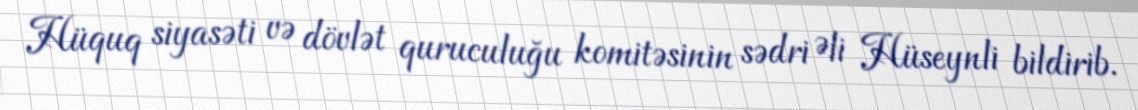
Hüquq siyasəti və dövlət quruculuğu komitəsinin sədri Əli Hüseynli bildirib.